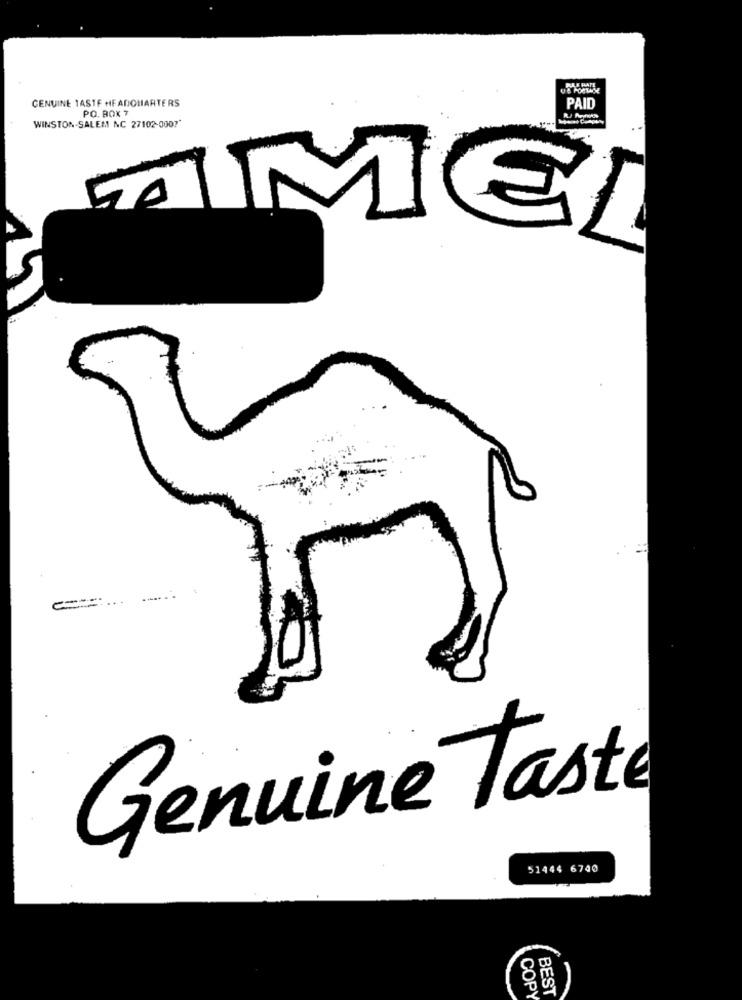
PLE RATE
GENUINE TASTE HEADQUARTERS
PO. BOX 7
PAID
WINSTON-SALEM NC 27102-0007"
50
...
Genuine Taste
51444 6740
COPY
BEST